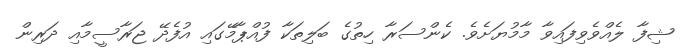
ޝިފާ ލެއްވެވިފައިވާ މާމުޔަށެވެ. ކެންސަރާ ހިތުގެ ބަލިތަކާ ފުއްޕާމޭގައި އުފެދޭ ޖަރާސީމާއި ދަރިން